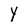
Character: Y